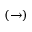
( \rightarrow )